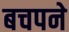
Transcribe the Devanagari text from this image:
बचपने